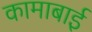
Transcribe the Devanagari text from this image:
कामाबाई